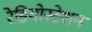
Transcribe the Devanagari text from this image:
रेडियोस्टेशन